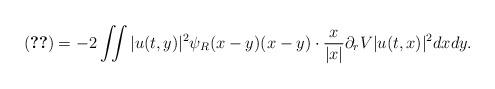
LaTeX: \begin{align*}\eqref{term-5} = -2 \iint |u(t,y)|^2 \psi_R(x-y) (x-y)\cdot \frac{x}{|x|} \partial_rV |u(t,x)|^2 dx dy. \end{align*}